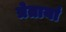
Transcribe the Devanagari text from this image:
त्रेतायां